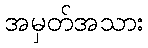
အမှတ်အသား